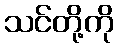
သင်တို့ကို